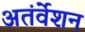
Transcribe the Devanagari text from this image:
अतंर्वेशन